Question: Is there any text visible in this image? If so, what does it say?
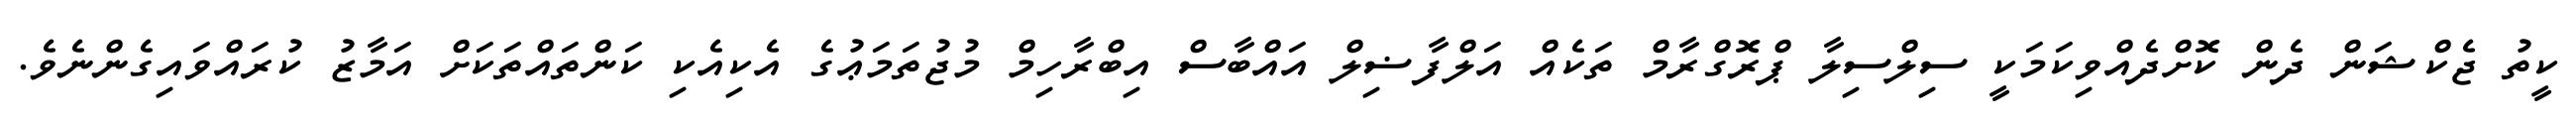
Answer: ކީތު ޖެކްޝަން ދެން ކޮށްދެއްވިކަމަކީ ސިލްސިލާ ޕްރޮގްރާމް ތަކެއް އަލްފާޟިލް އައްބާސް އިބްރާހިމް މުޖުތަމަޢުގެ އެކިއެކި ކަންތައްތަކަށް އަމާޒު ކުރައްވައިގެންނެވެ.